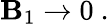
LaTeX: {\cal\mathbf{B}}_{1}\rightarrow0\ .